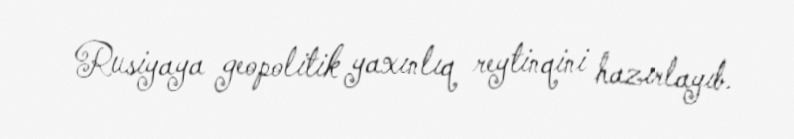
Rusiyaya geopolitik yaxınlıq reytinqini hazırlayıb.